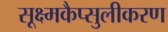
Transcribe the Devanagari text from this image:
सूक्ष्मकैप्सुलीकरण